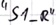
Text: "S1_R"